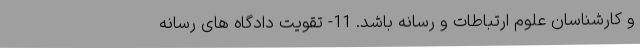
و کارشناسان علوم ارتباطات و رسانه باشد. 11- تقویت دادگاه های رسانه